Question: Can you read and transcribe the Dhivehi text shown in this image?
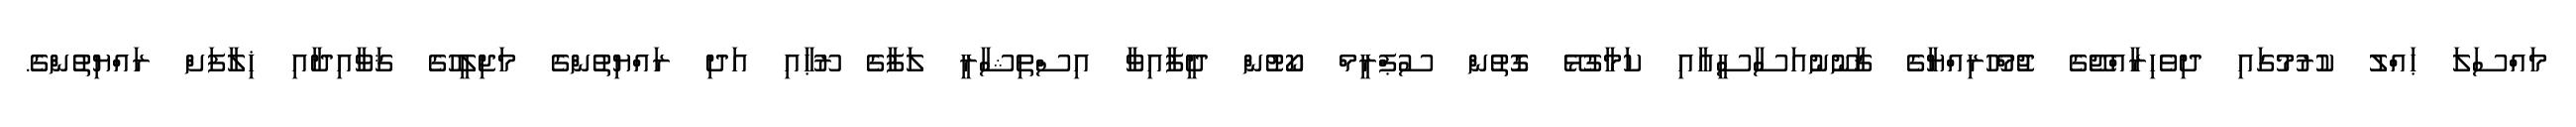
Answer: މައްސަލަ ޙައްލު ކުރުމުގައި ދިވެހިރާއްޖޭގެ ޖުމްހޫރިއްޔާގެ ޤާނޫނުއަސާސީއާއި ކަމާގުޅޭ ގޮތުން ސުޕްރީމް ކޯޓުން ދީފާއިވާ އިސްތިޝާރީ ލަފާގެ ރޫޙާއި އަދި ރައްޔިތުންގެ މަޖިލީހުގެ ޤަވާއިދާއި ޚިލާފަށް ރައްޔިތުންގެ.